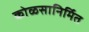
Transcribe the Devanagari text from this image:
कोळसानिर्मित